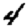
Digit: 4